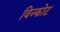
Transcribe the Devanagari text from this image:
विन्कोट